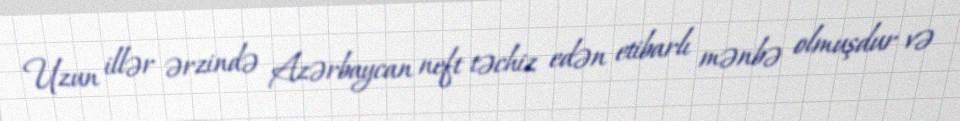
Uzun illər ərzində Azərbaycan neft təchiz edən etibarlı mənbə olmuşdur və